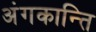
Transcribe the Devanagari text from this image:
अंगकान्ति